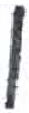
אות: י